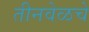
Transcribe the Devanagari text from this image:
तीनवेळचे